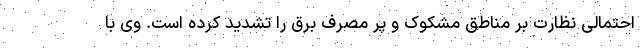
احتمالی نظارت بر مناطق مشکوک و پر مصرف برق را تشدید کرده است. وی با